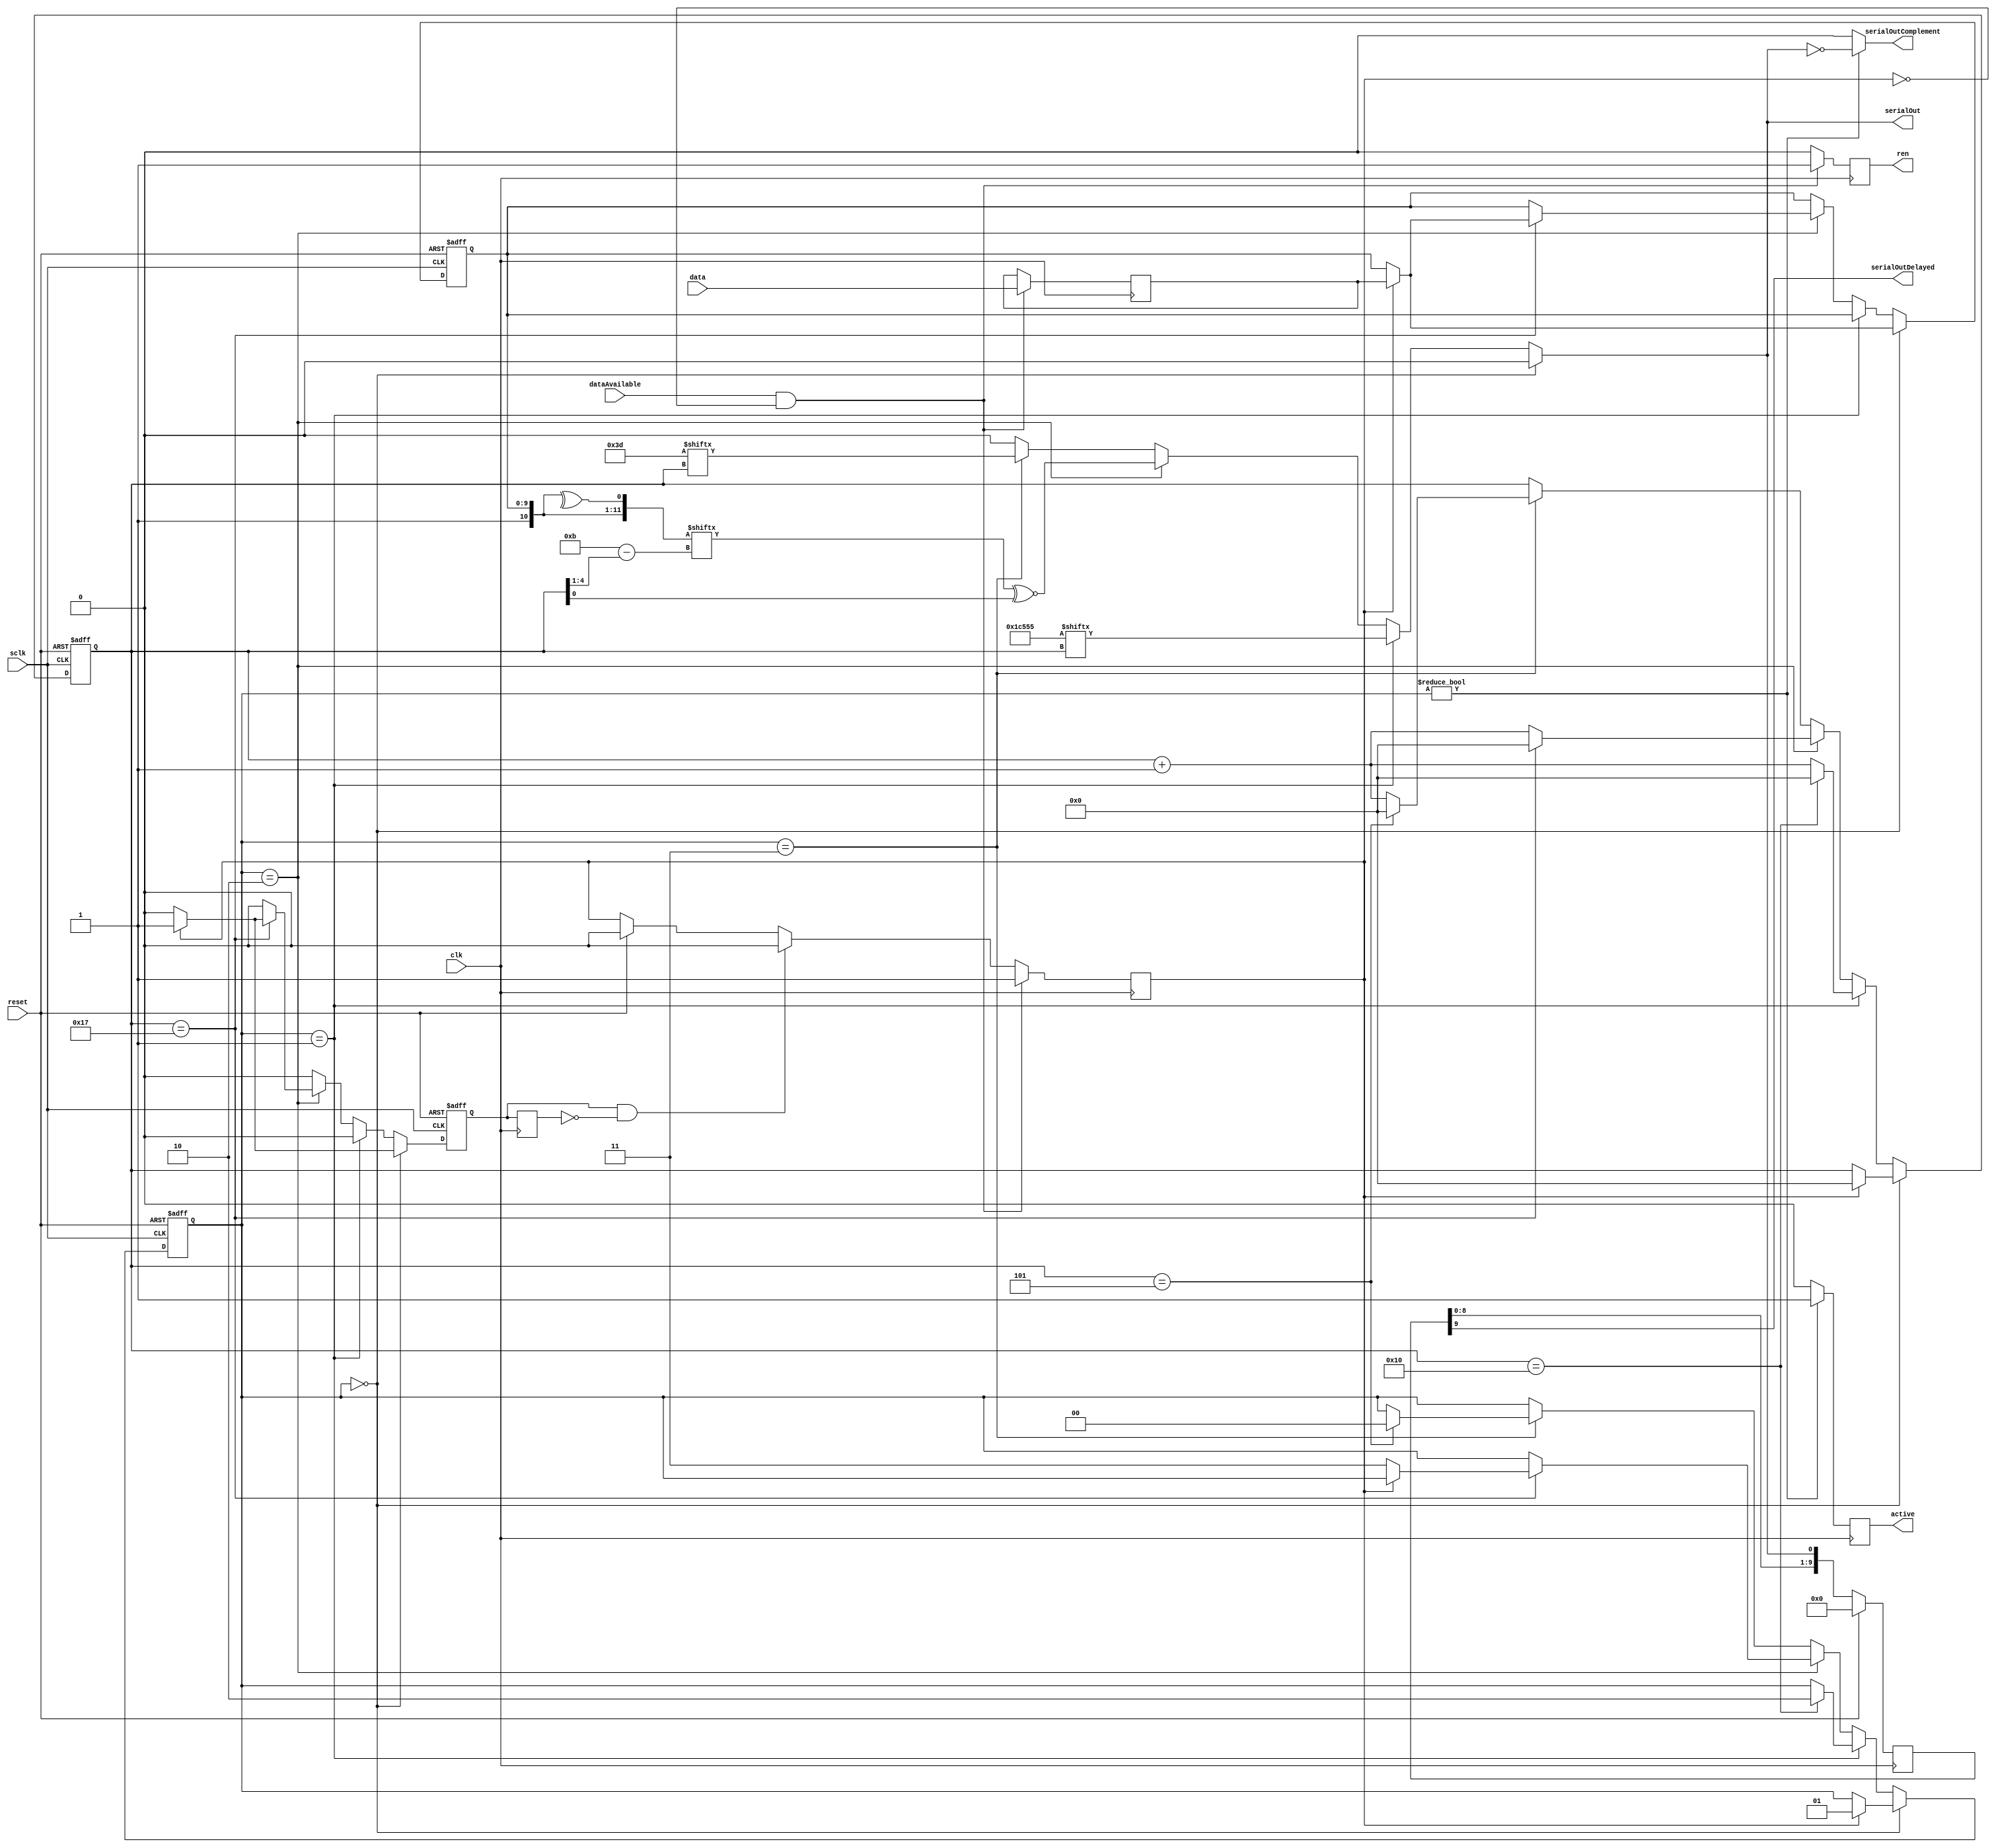
module transmitter (
    input clk,
    input reset,
    input sclk,             // 2 x 2.358 MHz

    input dataAvailable,
    input [9:0] data,
    output reg ren,

    output serialOut,
    output serialOutComplement,
    output serialOutDelayed,
    output reg active
);
    
    parameter [16:0] header = 17'b11100010101010101;
    parameter [5:0] trailer = 6'b111101;
    
    reg [9:0] delayReg;
    
    reg [1:0] txState;
    reg [4:0] bitCount;
    

    reg pending;
    reg pendingAck;
    reg pendingAckPrev;
    reg [9:0] pendingWord;

    reg [9:0] currentWord;
    wire [11:0] packedWord;
    wire parityBit;
    
    assign parityBit = ^{1'b1, currentWord};
    assign packedWord = {1'b1, currentWord, parityBit};
    
    assign serialOut = (txState == 0) ? 1'b10:
                       (txState == 1) ? header[bitCount] :
                       (txState == 2) ? packedWord[11 - bitCount[4:1]] ~^ bitCount[0] :
                       (txState == 3) ? trailer[bitCount] : 1'b0;

    assign serialOutComplement = (txState) ? !serialOut : 0;
                       
    assign serialOutDelayed = delayReg[9];
    
    always @(posedge clk)
    begin
        if (reset)
            delayReg <= 10'b0;
        else
            delayReg <= {delayReg[8:0], serialOut};
    end

    always @(posedge clk)
    begin

        pendingAckPrev <= pendingAck;
        ren <= 0;
        if (reset)
            pending <= 0;
        if (dataAvailable && !pending)
        begin
            ren <= 1;
            pending <= 1;
            pendingWord <= data;
        end
        else if (pendingAck && !pendingAckPrev)
        begin
            pending <= 0;
        end

        if (txState)
            active <= 1;
        else
            active <= 0;

    end

    
    always @(posedge sclk or posedge reset)
    begin
    
        pendingAck <= 0;

        if (reset)
        begin

            txState <= 0;
              bitCount <= 0;
              currentWord <= 0;

        end
        else if (txState == 0)
        begin
        
            if (pending)
            begin
                txState <= 1;
                bitCount <= 0;
                pendingAck <= 1;
                currentWord <= pendingWord;
            end
            
        end
        else if (txState == 1)
        begin
        
            if (bitCount == 16)
            begin
                bitCount <= 0;
                txState <= 2;
            end
            else
            begin
                bitCount <= bitCount + 1;
            end
            
        end
        else if (txState == 2)
        begin
        
            if (bitCount == 23)
            begin
                bitCount <= 0;
                
                if (pending)
                begin
                    pendingAck <= 1;
                    currentWord <= pendingWord;
                end
                else
                begin
                    txState <= 3;
                end	
            end
            else
            begin
                bitCount <= bitCount + 1;
            end
        
        end
        else if (txState == 3)
        begin
        
            if (bitCount == 5)
            begin
                txState <= 0;
                bitCount <= 0;
            end
            else
            begin
                bitCount <= bitCount + 1;
            end
        
        end
    end
    
endmodule